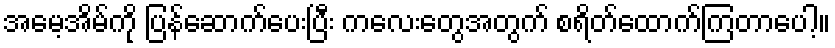
အမေ့အိမ်ကို ပြန်ဆောက်ပေးပြီး ကလေးတွေအတွက် စရိတ်ထောက်ကြတာပေါ့။